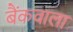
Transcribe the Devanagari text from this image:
बैंकवाला